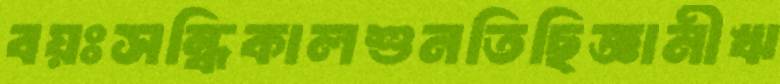
বয়ঃসন্ধিকালশুনতিছিজ্ঞানীঋ